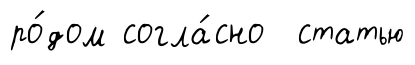
ро́дом согла́сно статью